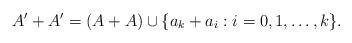
LaTeX: \begin{align*}A'+A' = (A+A) \cup \{a_k+a_i:i=0,1,\ldots, k\}.\end{align*}